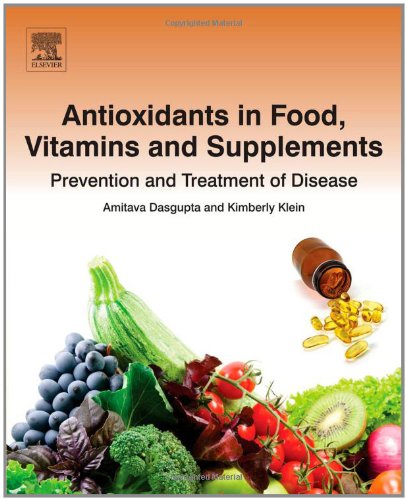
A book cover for Antioxidants in Food, Vitamins and Supplements: Prevention and Treatment of Disease; Amitava Dasgupta; Health, Fitness & Dieting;